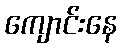
ကျောင်းနေ